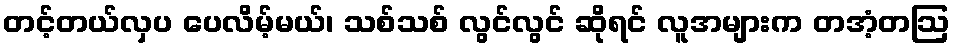
တင့်တယ်လှပ ပေလိမ့်မယ်၊ သစ်သစ် လွင်လွင် ဆိုရင် လူအများက တအံ့တဩ